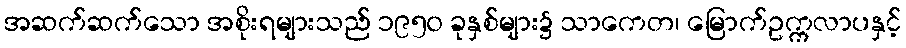
အဆက်ဆက်သော အစိုးရများသည် ၁၉၅၀ ခုနှစ်များ၌ သာကေတ၊ မြောက်ဥက္ကလာပနှင့်